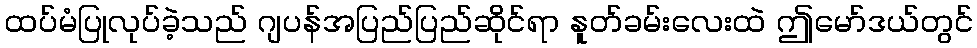
ထပ်မံပြုလုပ်ခဲ့သည် ဂျပန်အပြည်ပြည်ဆိုင်ရာ နူတ်ခမ်းလေးထဲ ဤမော်ဒယ်တွင်